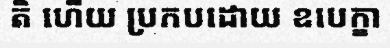
តិ ហើយ ប្រកបដោយ ឧបេក្ខា